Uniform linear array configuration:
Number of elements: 16
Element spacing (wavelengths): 0.5
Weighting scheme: uniform
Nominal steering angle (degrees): -30
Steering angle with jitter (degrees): -28.258
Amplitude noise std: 0.05
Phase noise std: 0.05

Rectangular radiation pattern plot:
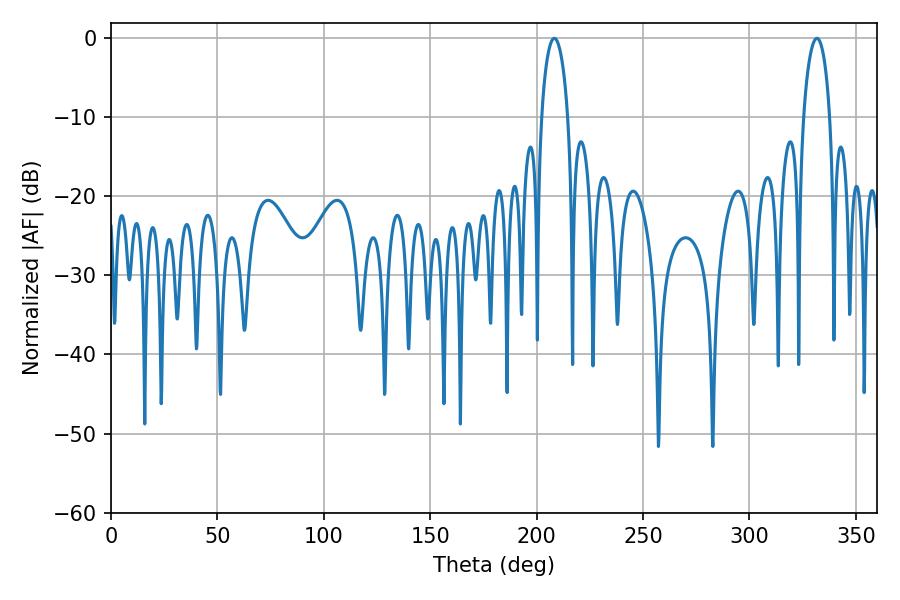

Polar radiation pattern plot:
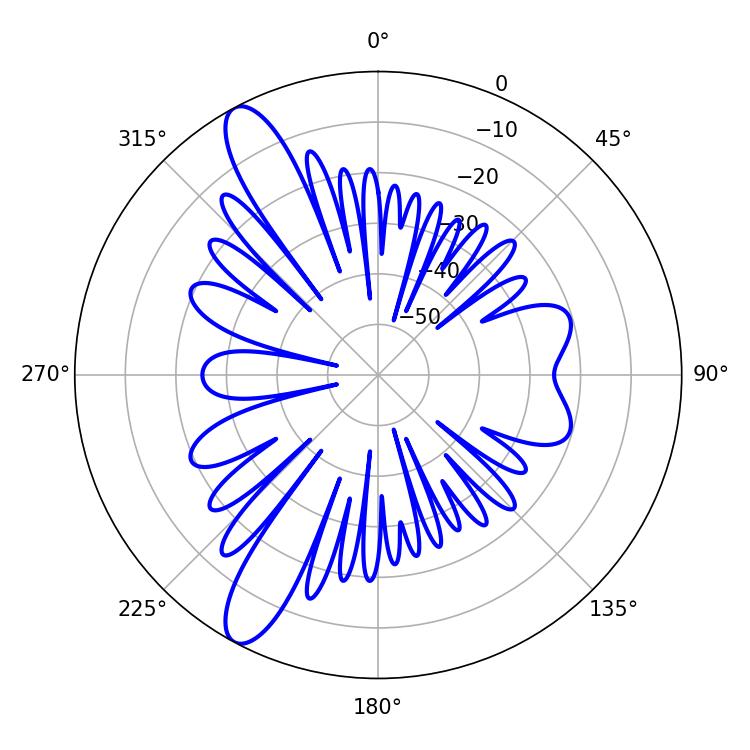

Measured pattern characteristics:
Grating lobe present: FALSE
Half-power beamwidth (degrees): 7.02
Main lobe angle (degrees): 208.26